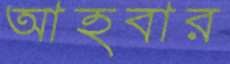
আহবার